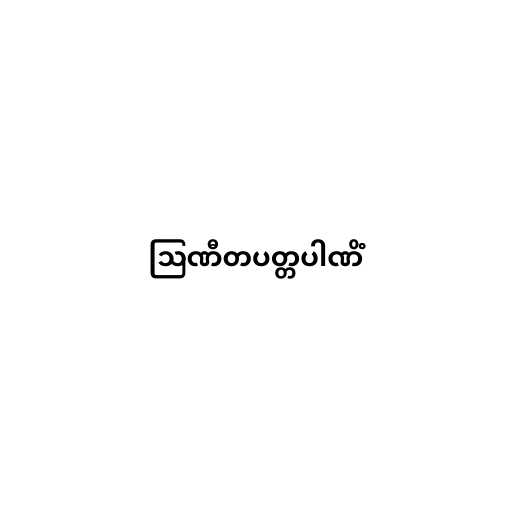
ဩဏီတပတ္တပါဏိံ